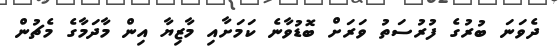
ދެވަނަ ބުރުގެ ފުރުސަތު ވަރަށް ބޮޑުވާނެ ކަމަށާއި މާޒިޔާ އިން މާދަމާގެ މެޗުން